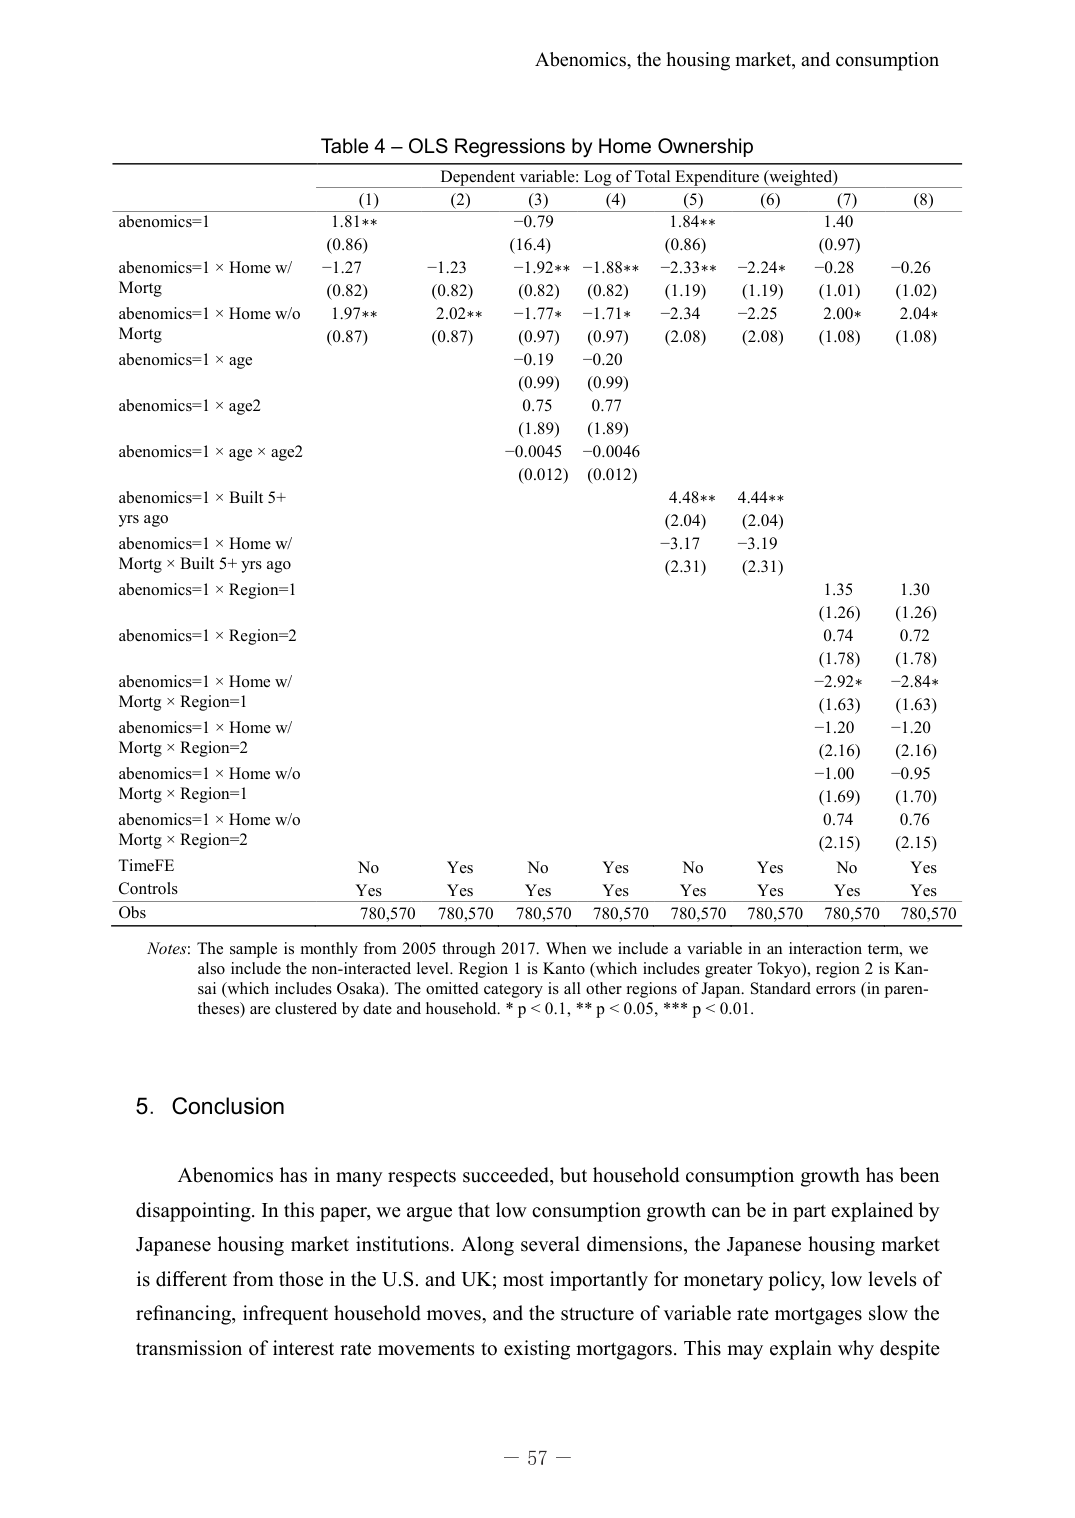
Abenomics, the housing market, and consumption

Table 4 – OLS Regressions by Home Ownership
Dependent variable: Log of Total Expenditure (weighted)

(1)       (2)       (3)       (4)       (5)       (6)       (7)       (8)
abenomics=1           1.81**    -0.79     1.84**    1.40
                    (0.86)    (16.4)    (0.86)    (0.97)
abenomics=1 × Home w/ -1.27     -1.23     -1.92**   -1.88**   -2.33**   -2.24*    -0.28     -0.26
Mortg               (0.82)    (0.82)    (0.82)    (0.82)    (1.19)    (1.19)    (1.01)    (1.02)
abenomics=1 × Home w/o 1.97**    2.02**    -1.77*    -1.71*    -2.34     -2.25     2.00*     2.04*
Mortg               (0.87)    (0.87)    (0.97)    (0.97)    (2.08)    (2.08)    (1.08)    (1.08)
abenomics=1 × age     -0.19     -0.20
                    (0.99)    (0.99)
abenomics=1 × age2    0.75      0.77
                    (1.89)    (1.89)
abenomics=1 × age × age2 -0.0045   -0.0046
                    (0.012)   (0.012)
abenomics=1 × Built 5+  4.48**    4.44**
yrs ago               (2.04)    (2.04)
abenomics=1 × Home w/   -3.17     -3.19
Mortg × Built 5+ yrs ago (2.31)   (2.31)
abenomics=1 × Region=1  1.35      1.30
                    (1.26)    (1.26)
abenomics=1 × Region=2  0.74      0.72
                    (1.78)    (1.78)
abenomics=1 × Home w/   -2.92*    -2.84*
Mortg × Region=1      (1.63)    (1.63)
abenomics=1 × Home w/   -1.20     -1.20
Mortg × Region=2      (2.16)    (2.16)
abenomics=1 × Home w/o  -1.00     -0.95
Mortg × Region=1      (1.69)    (1.70)
abenomics=1 × Home w/o  0.74      0.76
Mortg × Region=2      (2.15)    (2.15)
TimeFE                No        Yes       No        Yes       No        Yes       No        Yes
Controls              Yes       Yes       Yes       Yes       Yes       Yes       Yes       Yes
Obs                   780,570   780,570   780,570   780,570   780,570   780,570   780,570   780,570

Notes: The sample is monthly from 2005 through 2017. When we include a variable in an interaction term, we also include the non-interacted level. Region 1 is Kanto (which includes greater Tokyo), region 2 is Kansai (which includes Osaka). The omitted category is all other regions of Japan. Standard errors (in parentheses) are clustered by date and household. * p < 0.1, ** p < 0.05, *** p < 0.01.

5. Conclusion

Abenomics has in many respects succeeded, but household consumption growth has been disappointing. In this paper, we argue that low consumption growth can be in part explained by Japanese housing market institutions. Along several dimensions, the Japanese housing market is different from those in the U.S. and UK; most importantly for monetary policy, low levels of refinancing, infrequent household moves, and the structure of variable rate mortgages slow the transmission of interest rate movements to existing mortgagors. This may explain why despite

– 57 –